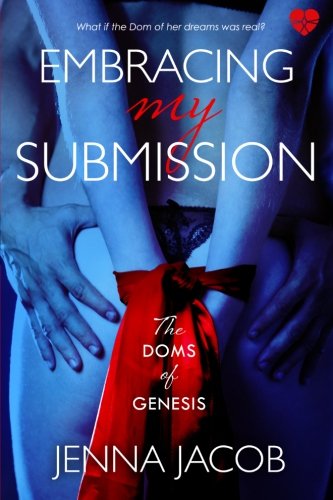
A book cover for Embracing My Submission: The Doms of Genesis (BDSM Erotic Romance) (Volume 1); Jenna Jacob; Romance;